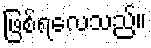
ဖြစ်ရလေသည်။